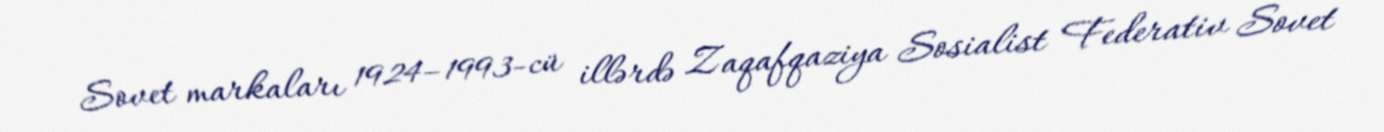
Sovet markaları 1924–1993-cü illərdə Zaqafqaziya Sosialist Federativ Sovet